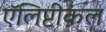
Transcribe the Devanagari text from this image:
ऍलिप्टीकल